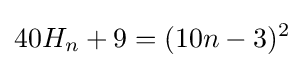
40H_{n}+9=(10n-3)^{2}